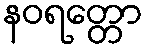
နဝရတ္တော